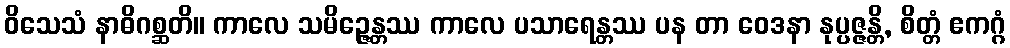
ဝိသေသံ နာဓိဂစ္ဆတိ။ ကာလေ သမိဉ္ဇေန္တဿ ကာလေ ပသာရေန္တဿ ပန တာ ဝေဒနာ နုပ္ပဇ္ဇန္တိ, စိတ္တံ ဧကဂ္ဂံ